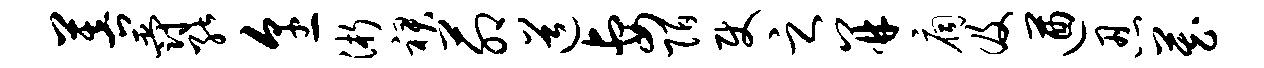
菩爵能烹浙裙茆道妻陌使之并扃及遒忍藏